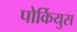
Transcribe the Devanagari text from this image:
पोर्कियुस